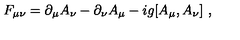
F _ { \mu \nu } = \partial _ { \mu } A _ { \nu } - \partial _ { \nu } A _ { \mu } - i g [ A _ { \mu } , A _ { \nu } ] \ ,